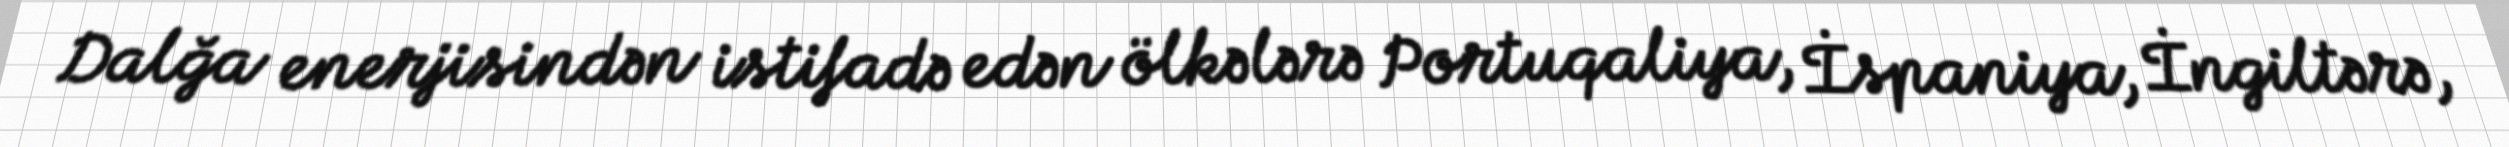
Dalğa enerjisindən istifadə edən ölkələrə Portuqaliya, İspaniya, İngiltərə,